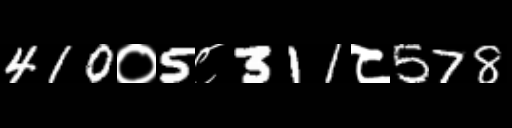
Text: 410०5८311८578